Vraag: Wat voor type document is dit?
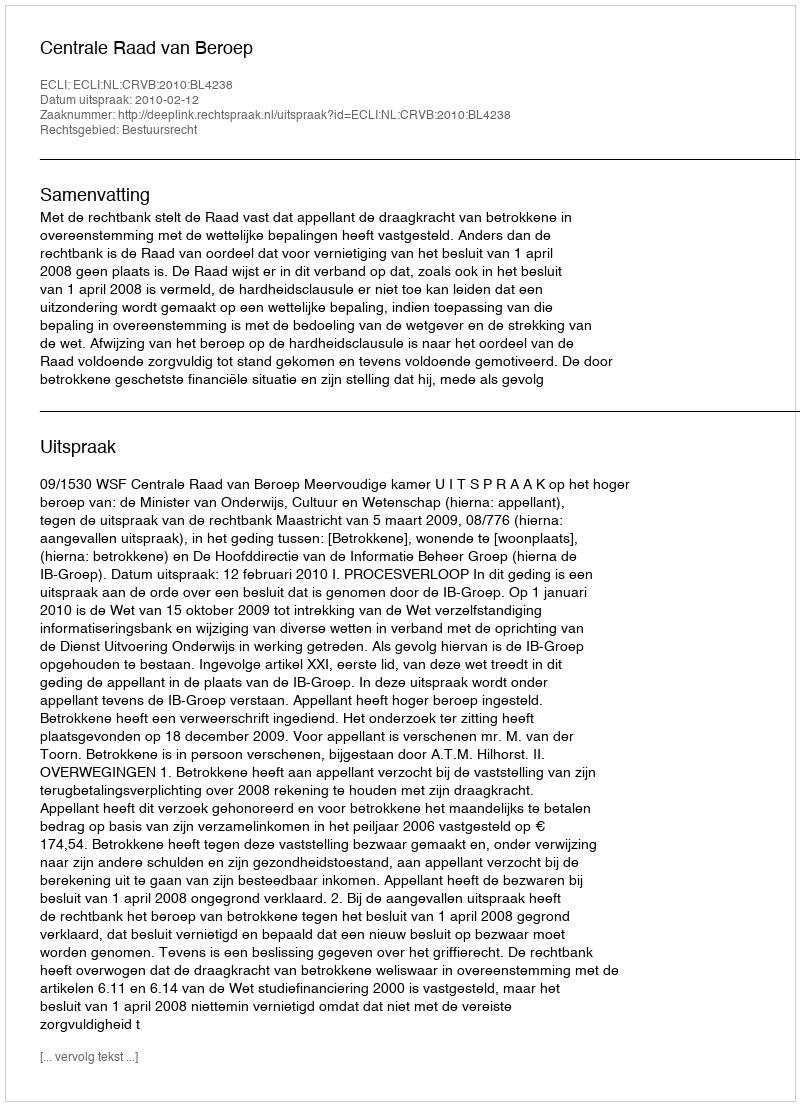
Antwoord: Uitspraak